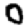
Digit: 0